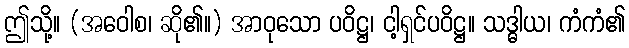
ဤသို့။ (အဝေါစ၊ ဆို၏။) အာဝုသော ပဝိဋ္ဌ၊ ငါ့ရှင်ပဝိဋ္ဌ။ သဒ္ဓါယ၊ ကံကံ၏